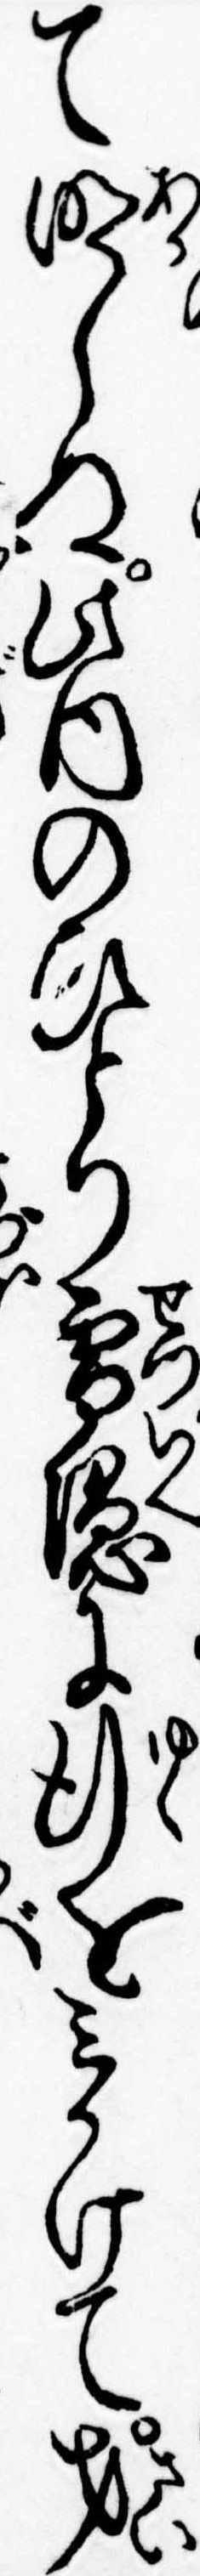
て明しぬ此内のひとり雪隠に行をみかけて才